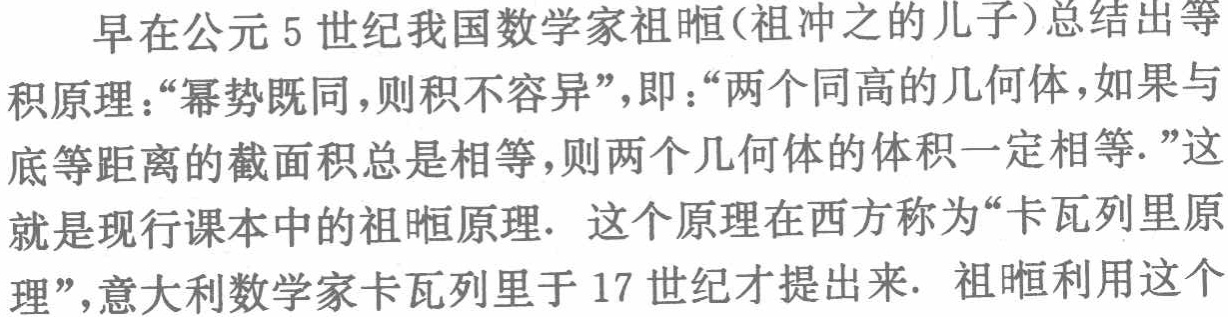
早在公元5世纪我国数学家祖暅(祖冲之的儿子)总结出等积原理：“幂势既同，则积不容异”，即：“两个同高的几何体，如果与底等距离的截面积总是相等，则两个几何体的体积一定相等.”这就是现行课本中的祖暅原理. 这个原理在西方称为“卡瓦列里原理”，意大利数学家卡瓦列里于17世纪才提出来. 祖暅利用这个